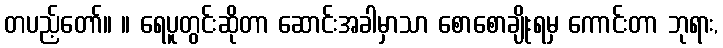
တပည့်တော်။ ။ ရေပူတွင်းဆိုတာ ဆောင်းအခါမှာသာ စောစောချိုးရမှ ကောင်းတာ ဘုရား,